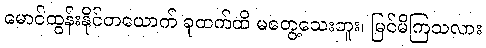
မောင်ထွန်းနိုင်တယောက် ခုထက်ထိ မတွေ့သေးဘူး၊ မြင်မိကြသလား